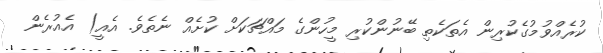
ކުރެއްވުމުގެކުރިން އެތަކެތި ބޭނުންކުރި މީހުންގެ މައްޗަކަށް ކުށެއް ނެތެވެ. އެއީ) އެއުރެން